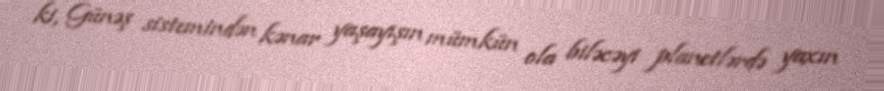
ki, Günəş sistemindən kənar yaşayışın mümkün ola biləcəyi planetlərdə yaxın